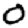
Digit: 0